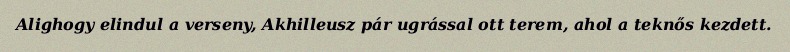
Alighogy elindul a verseny, Akhilleusz pár ugrással ott terem, ahol a teknős kezdett.